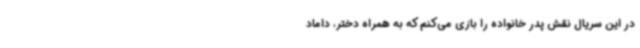
در این سریال نقش پدر خانواده را بازی می‌کنم که به همراه دختر، داماد